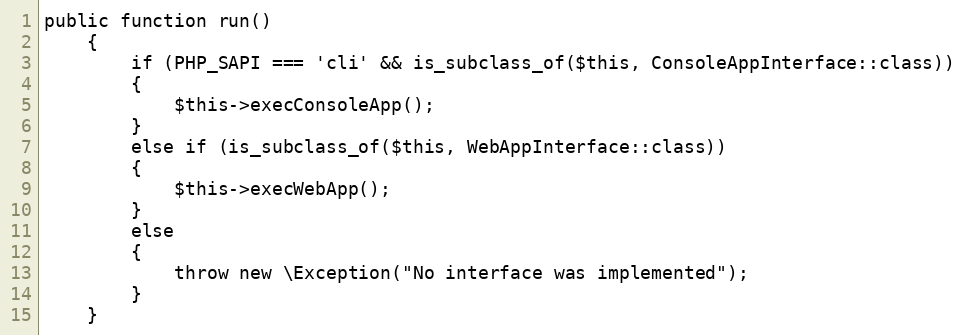
Language: PHP
public function run()
    {
        if (PHP_SAPI === 'cli' && is_subclass_of($this, ConsoleAppInterface::class))
        {
            $this->execConsoleApp();
        }
        else if (is_subclass_of($this, WebAppInterface::class))
        {
            $this->execWebApp();
        }
        else
        {
            throw new \Exception("No interface was implemented");
        }
    }